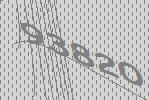
93820